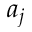
a _ { j }